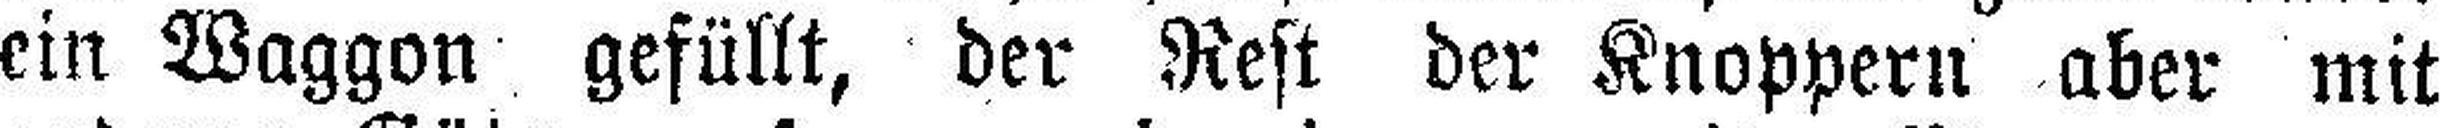
ein Waggon gefüllt, der Rest der Knoppern aber mit